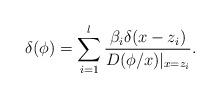
LaTeX: \begin{align*}\delta (\phi )=\sum\limits_{i=1}^l\frac{\beta _i\delta (x-z_i)}{D(\phi/x)|_{x=z_i}}. \end{align*}